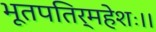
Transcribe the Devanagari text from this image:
भूतपतिर्महेशः।।